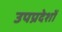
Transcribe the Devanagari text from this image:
उपप्रदेशों